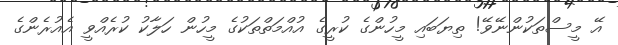
އޭ މީސްތަކުންނޭވޭ! ތިޔަބައި މީހުންގެ ކުރީގެ އުއްމަތްތަކުގެ މީހުން ހަލާކު ކުރެއްވީ އެއުރެންގެ